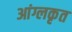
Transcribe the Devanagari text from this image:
आंग्लकृत